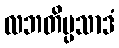
လဘတိပ္ပသာဒံ